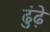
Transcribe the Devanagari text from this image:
ढुंढ़े